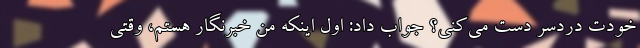
خودت دردسر دست می‌کنی؟ جواب داد: اول اینکه من خبرنگار هستم، وقتی